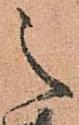
之